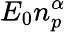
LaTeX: E_{0}n_{p}^{\alpha}